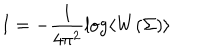
LaTeX: I = - \frac { 1 } { 4 \pi ^ { 2 } } \log \left< W ( \Sigma ) \right>